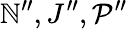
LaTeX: \mathbb{N}^{\prime\prime},J^{\prime\prime},\mathcal{{P}}^{\prime\prime}